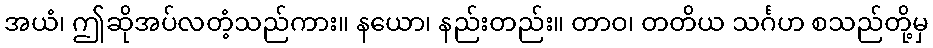
အယံ၊ ဤဆိုအပ်လတံ့သည်ကား။ နယော၊ နည်းတည်း။ တာဝ၊ တတိယ သင်္ဂဟ စသည်တို့မှ